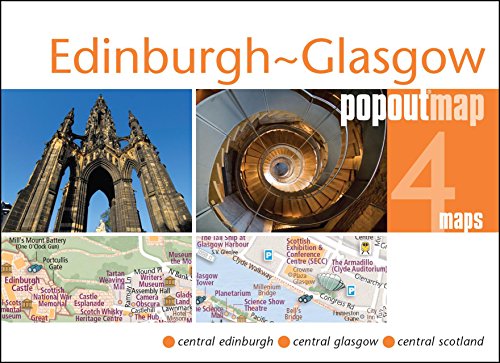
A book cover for Edinburgh & Glasgow PopOut Map (PopOut Maps); Popout Maps; Travel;